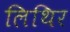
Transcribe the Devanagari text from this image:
लिथिर